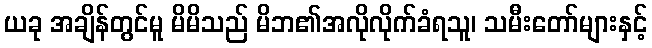
ယခု အချိန်တွင်မူ မိမိသည် မိဘ၏အလိုလိုက်ခံရသူ၊ သမီးတော်များနှင့်